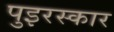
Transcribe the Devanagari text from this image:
पुइरस्कार